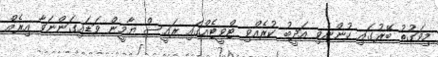
މިވަގުތު ބޭރުގައި ހުންނެވި އަދީބު ކުރެއްވި ޓްވީޓެއްގައި ރައީސް ޔާމީން ވަޑައިގަންނަވާ އިރެއް